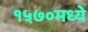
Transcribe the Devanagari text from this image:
१५७०मध्ये